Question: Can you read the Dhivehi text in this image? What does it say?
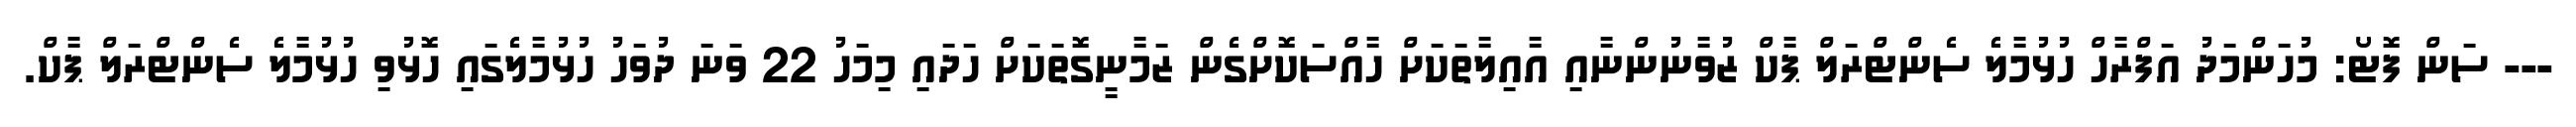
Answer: --- ސަން ފޮޓޯ: މުހަންމަދު އަފްރާހް ހުޅުމާލެ ސެންޓްރަލް ޕާކް ޒުވާނުންނާއި އާއިލާތަކަށް ހާއްސަކޮށްގެން ޒަމާނީގޮތަކަށް ހަދައި މިމަހު 22 ވަނަ ދުވަހު ހުޅުމާލެގައި ހޮޅުވި ހުޅުމާލެ ސެންޓްރަލް ޕާކް.